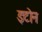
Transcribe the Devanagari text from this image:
इटोन